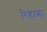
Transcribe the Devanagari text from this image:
रिहान्ना